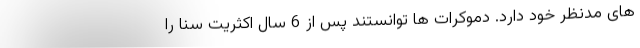
های مدنظر خود دارد. دموکرات ها توانستند پس از 6 سال اکثریت سنا را